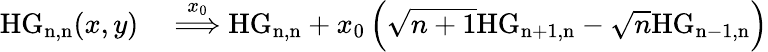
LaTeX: \begin{array}{rl}{\mathrm{HG_{n,n}}(x,y)}&{{}\overset{x_{0}}{\Longrightarrow}\mathrm{HG_{n,n}}+x_{0}\left(\sqrt{n+1}\mathrm{HG_{n+1,n}}-\sqrt{n}\mathrm{HG_{n-1,n}}\right)}\end{array}